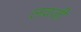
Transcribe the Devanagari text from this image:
लवजी